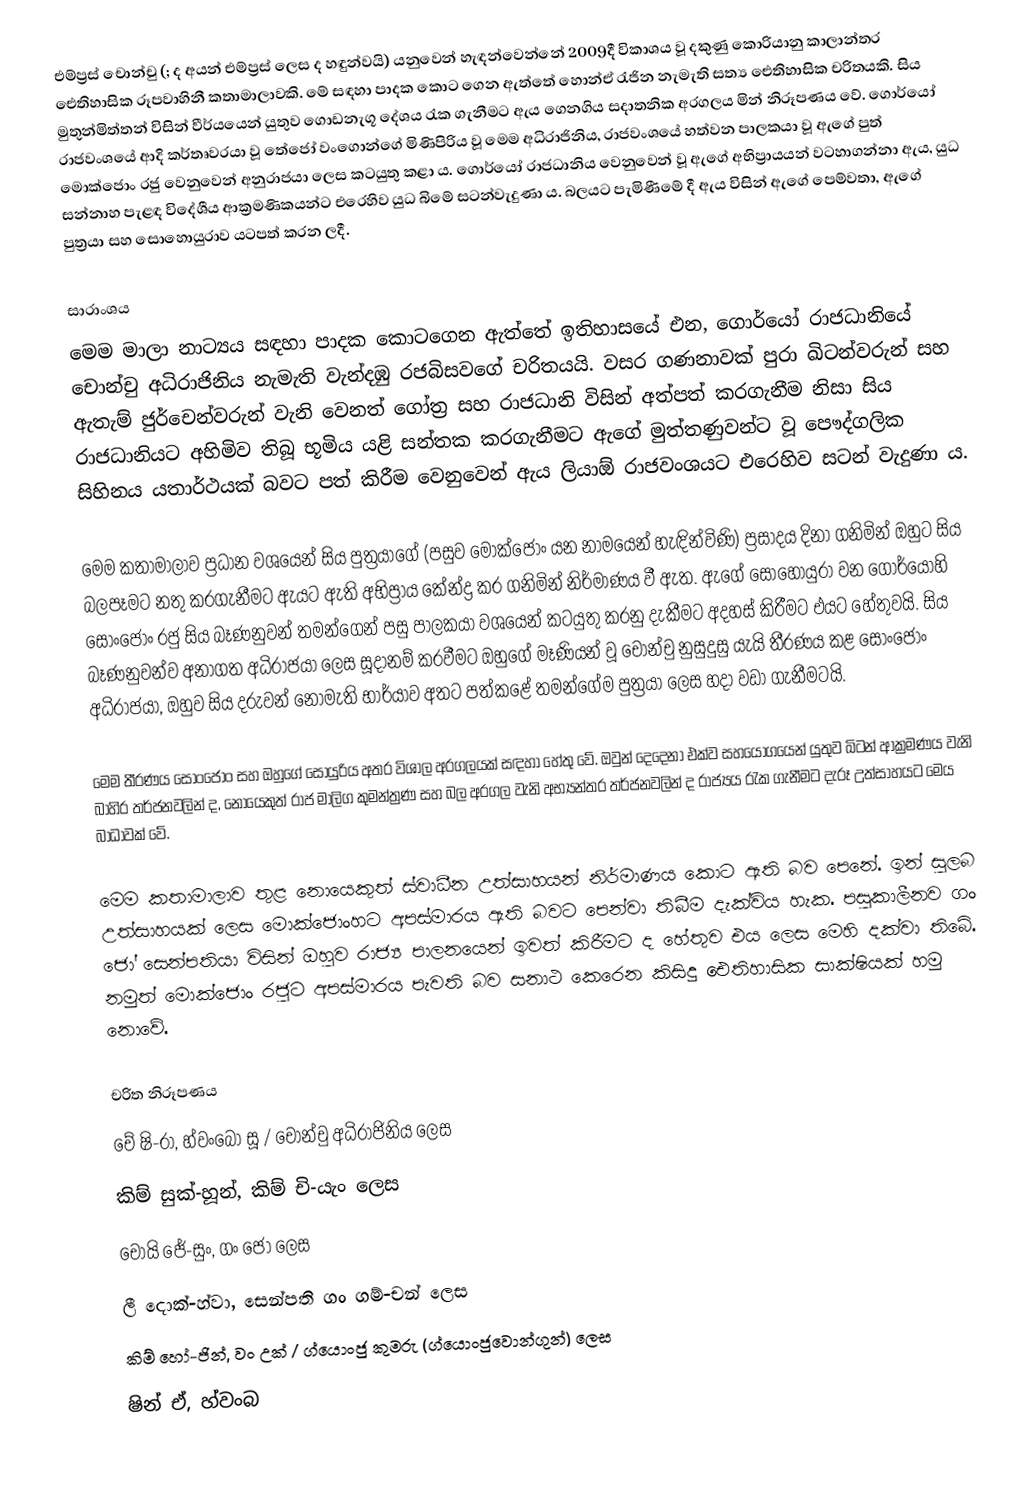
එම්ප්‍රස් චොන්චු (; ද අයන් එම්ප්‍රස් ලෙස ද හඳුන්වයි) යනුවෙන් හැඳන්වෙන්නේ 2009දී විකාශය වූ දකුණු කොරියානු කාලාන්තර ඓතිහාසික රූපවාහිනී කතාමාලාවකි. මේ සඳහා පාදක කොට ගෙන ඇත්තේ හොන්ඒ රැජින නැමැති සත්‍ය ඓතිහාසික චරිතයකි. සිය මුතුන්මිත්තන් විසින් වීර්යයෙන් යුතුව ගොඩනැගූ දේශය රැක ගැනීමට ඇය ගෙනගිය සදාතනික අරගලය මින් නිරූපණය වේ. ගොර්යෝ රාජවංශයේ ආදි කර්තෘවරයා වූ තේජෝ වංගොන්ගේ මිණිපිරිය වූ මෙම අධිරාජිනිය, රාජවංශයේ හත්වන පාලකයා වූ ඇගේ පුත් මොක්ජොං රජු වෙනුවෙන් අනුරාජයා ලෙස කටයුතු කළා ය. ගොර්යෝ රාජධානිය වෙනුවෙන් වූ ඇගේ අභිප්‍රායයන් වටහාගන්නා ඇය, යුධ සන්නාහ පැළඳ විදේශීය ආක්‍රමණිකයන්ට එරෙහිව යුධ බිමේ සටන්වැදුණා ය. බලයට පැමිණීමේ දී ඇය විසින් ඇගේ පෙම්වතා, ඇගේ පුත්‍රයා සහ සොහොයුරාව යටපත් කරන ලදී.

සාරාංශය
මෙම මාලා නාට්‍යය සඳහා පාදක කොටගෙන ඇත්තේ ඉතිහාසයේ එන, ගොර්යෝ රාජධානියේ චොන්චු අධිරාජිනිය නැමැති වැන්දඹු රජබිසවගේ චරිතයයි. වසර ගණනාවක් පුරා ඛිටන්වරුන් සහ ඇතැම් ජුර්චෙන්වරුන් වැනි වෙනත් ගෝත්‍ර සහ රාජධානි විසින් අත්පත් කරගැනීම නිසා සිය රාජධානියට අහිමිව තිබූ භූමිය යළි සන්තක කරගැනීමට ඇගේ මුත්තණුවන්ට වූ පෞද්ගලික සිහිනය යතාර්ථයක් බවට පත් කිරීම වෙනුවෙන් ඇය ලියාඕ රාජවංශයට එරෙහිව සටන් වැදුණා ය.

මෙම කතාමාලාව ප්‍රධාන වශයෙන් සිය පුත්‍රයාගේ (පසුව මොක්ජොං යන නාමයෙන් හැඳින්විණි) ප්‍රසාදය දිනා ගනිමින් ඔහුට සිය බලපෑමට නතු කරගැනීමට ඇයට ඇති අභිප්‍රාය කේන්ද්‍ර කර ගනිමින් නිර්මාණය වී ඇත. ඇගේ සොහොයුරා වන ගොර්යෝහි සොංජොං රජු සිය බෑණනුවන් තමන්ගෙන් පසු පාලකයා වශයෙන් කටයුතු කරනු දැකීමට අදහස් කිරීමට එයට හේතුවයි. සිය බෑණනුවන්ව අනාගත අධිරාජයා ලෙස සූදානම් කරවීමට ඔහුගේ මෑණියන් වූ චොන්චු ‍නුසුදුසු යැයි තීරණය කළ සොංජොං අධිරාජයා, ඔහුව සිය දරුවන් නොමැති භාර්යාව අතට පත්කළේ තමන්ගේම පුත්‍රයා ලෙස හදා වඩා ගැනීමටයි.

මෙම තීරණය සොංජොං සහ ඔහුගේ සොයුරිය අතර විශාල අරගලයක් සඳහා හේතු වේ. ඔවුන් දෙදෙනා එක්ව සහයෝගයෙන් යුතුව ඛිටන් ආක්‍රමණය වැනි බාහිර තර්ජනවලින් ද, නොයෙකුත් රාජ මාලිග කුමන්ත්‍රණ සහ බල අරගල වැනි අභ්‍යන්තර තර්ජනවලින් ද රාජ්‍යය රැක ගැනීමට දැරූ උත්සාහයට මෙය බාධාවක් වේ.

මෙම කතාමාලාව තුළ නොයෙකුත් ස්වාධීන උත්සාහයන් නිර්මාණය කොට ඇති බව පෙනේ. ඉන් සුලබ උත්සාහයක් ලෙස මොක්ජොංහට අපස්මාරය ඇති බවට පෙන්වා තිබීම දැක්විය හැක. පසුකාලීනව ගං ජෝ සෙන්පතියා විසින් ඔහුව රාජ්‍ය පාලනයෙන් ඉවත් කිරීමට ද හේතුව එය ලෙස මෙහි දක්වා තිබේ. නමුත් මොක්ජොං රජුට අපස්මාරය පැවති බව සනාථ කෙරෙන කිසිදු ඓතිහාසික සාක්ෂියක් හමු නොවේ.

චරිත නිරූපණය
 චේ ෂි-රා, හ්වංබෝ සූ / චොන්චු අධිරාජිනිය ලෙස
 කිම් සුක්-හූන්, කිම් චි-යැං ලෙස
 චෝයි ජේ-සුං, ගං ජෝ ලෙස
 ලී දොක්-හ්වා, සෙන්පති ගං ගම්-චන් ලෙස
 කිම් හෝ-ජින්, වං උක් / ග්යොංජු කුමරු (ග්යොංජුවොන්ගුන්) ලෙස
 ෂින් ඒ, හ්වංබ